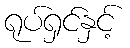
ရုပ်ရှင်နှင့်